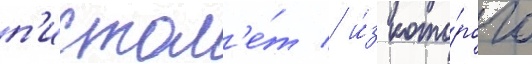
п'истол'е́т / и́з кото́рого